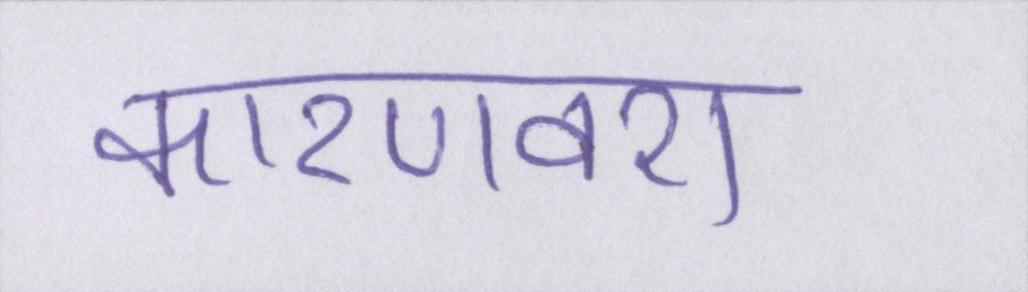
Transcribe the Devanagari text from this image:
कारणवश